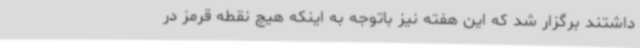
داشتند برگزار شد که این هفته نیز باتوجه به اینکه هیچ نقطه قرمز در